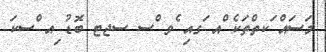
މަސައް ަކތްތަކެ ްއ ަގއި ެވ ްސ ސޖޓ ބޮޑު ިއ ްސކަ